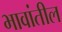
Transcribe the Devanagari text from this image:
भावांतील